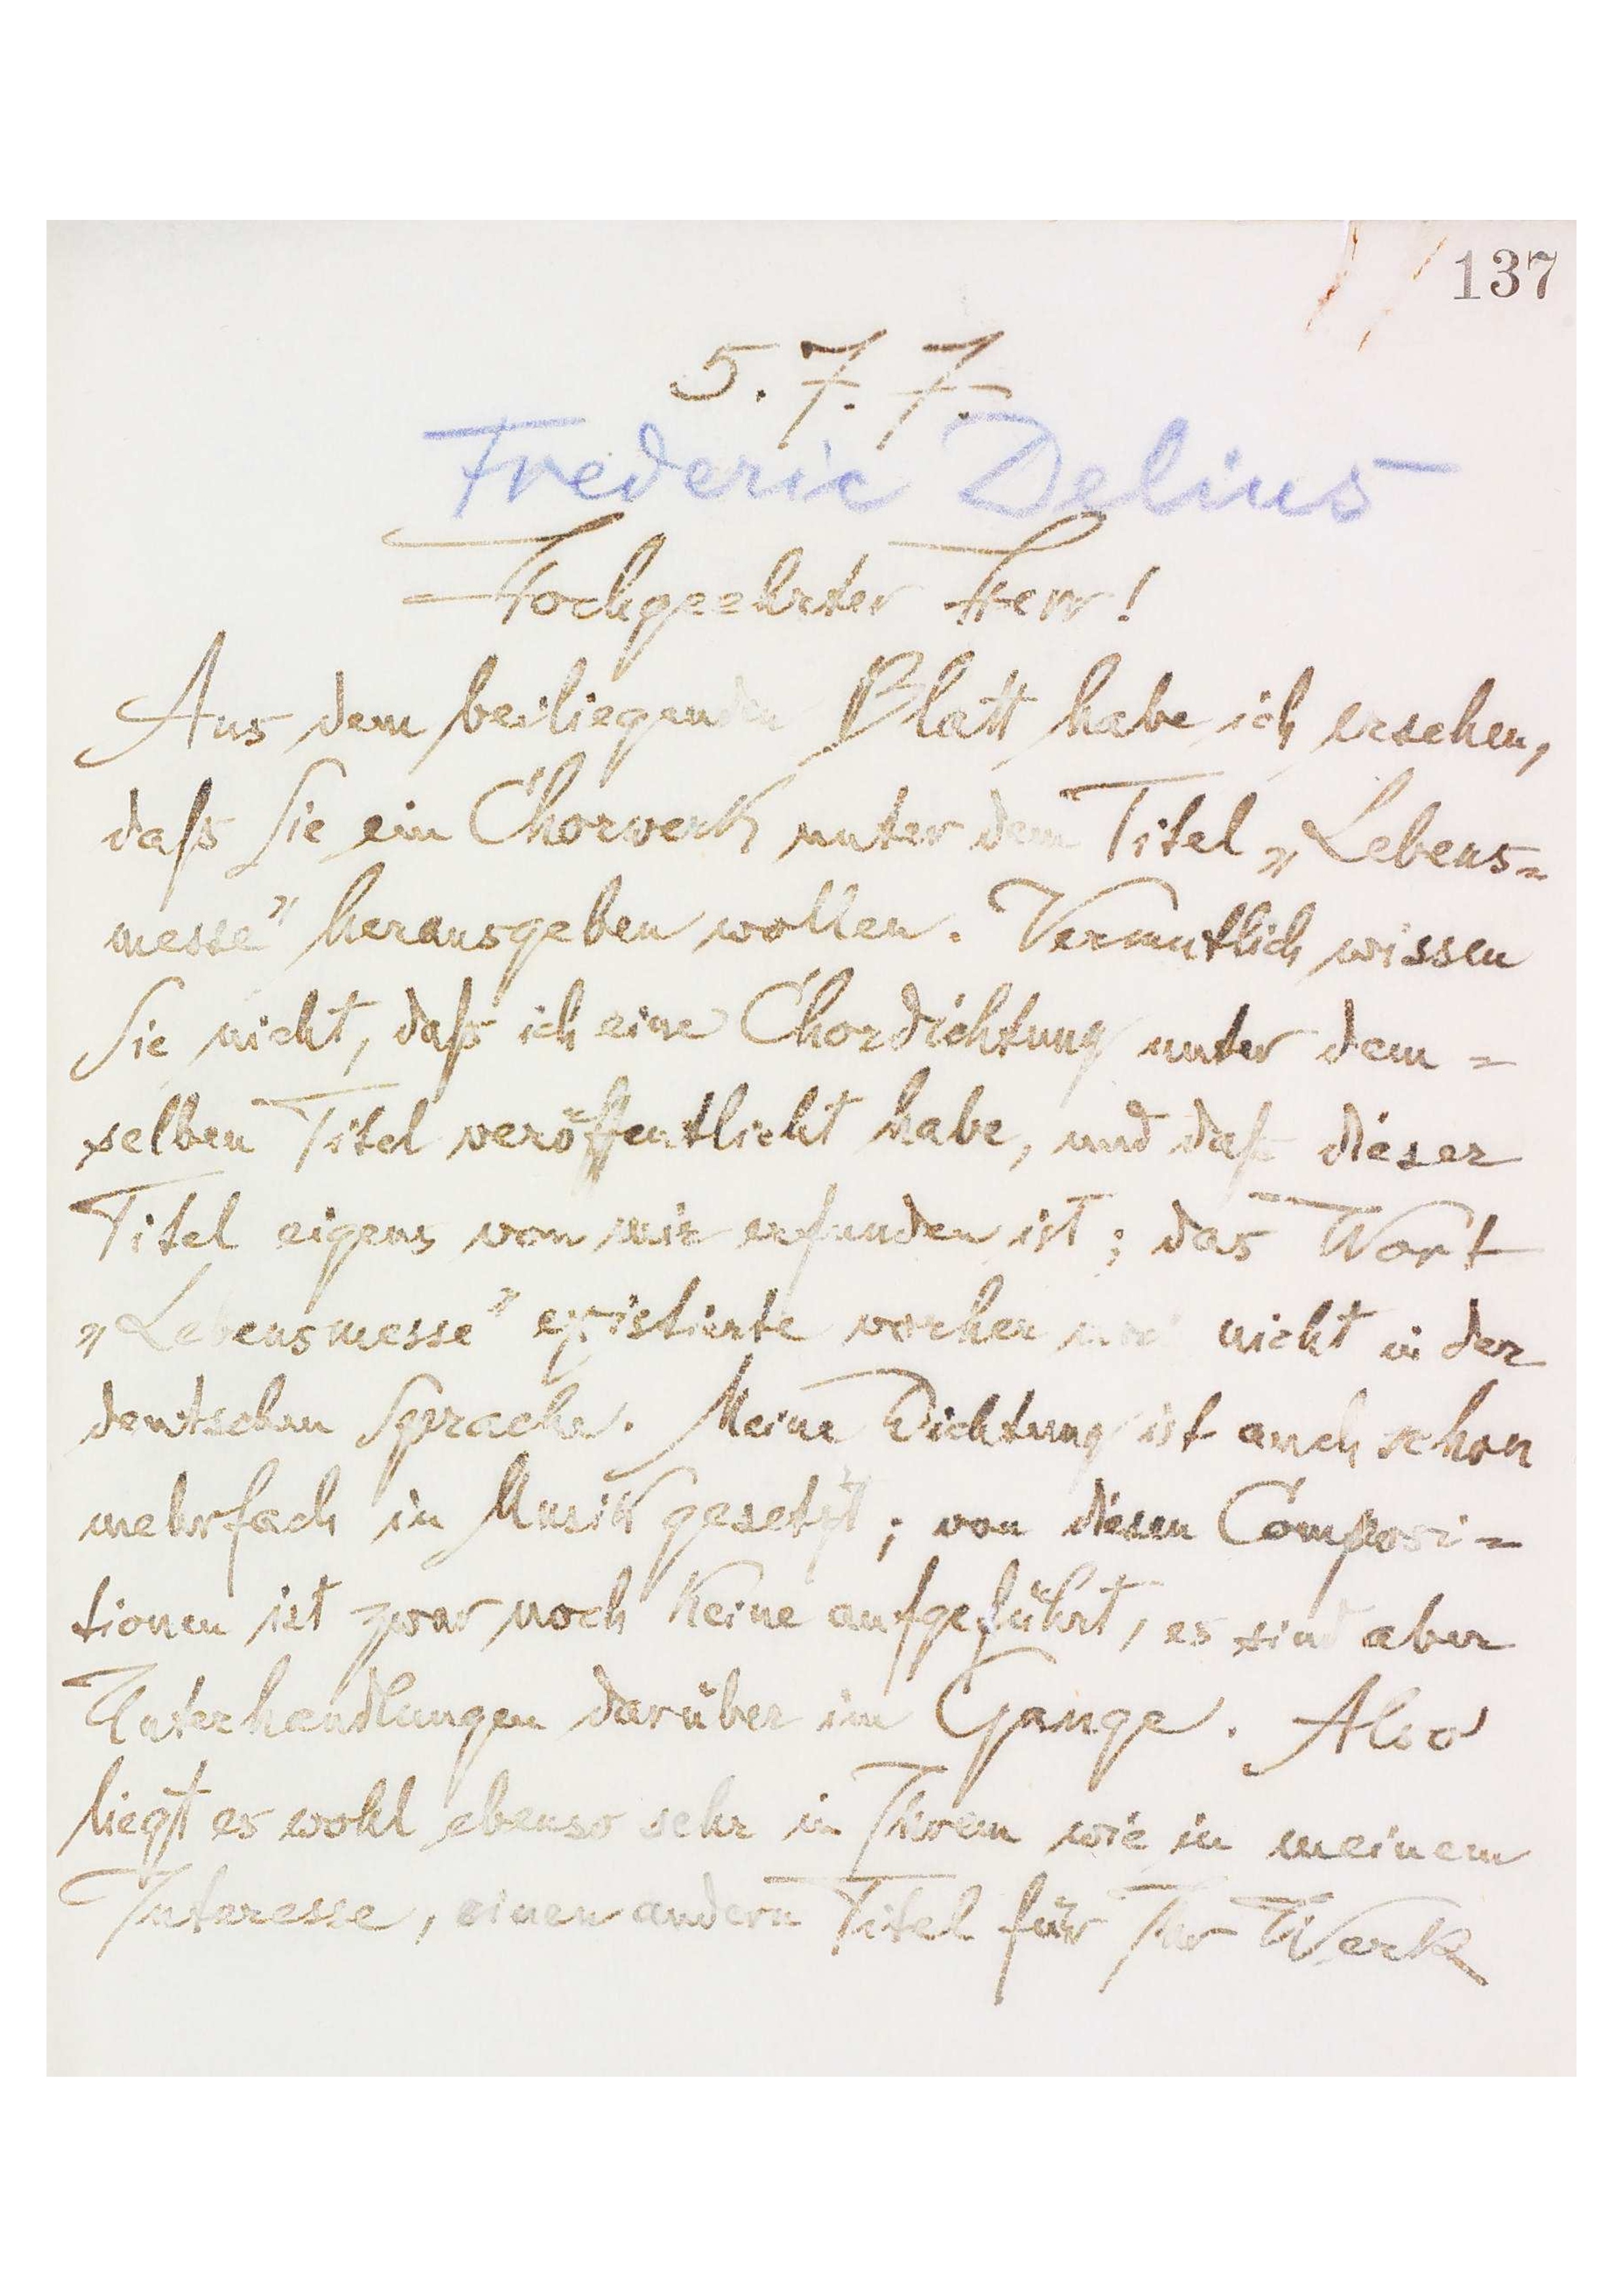
[137]
5.7.7.
Frederic Delius
Hochgeehrter Herr!
Aus dem beiliegenden Blatt habe ich gesehen,
daß Sie ein Chorwerk unter dem Titel „Lebens-
messe‟ herausgeben wollen. Vermutlich wissen
Sie nicht, daß ich eine Chordichtung unter dem-
selben Titel veröffentlicht habe, und daß dieser
Titel eigens von mir erfunden ist; das Wort
„Lebensmesse‟ existierte vorher noch nicht in der
deutschen Sprache. Meine Dichtung ist auch schon
mehrfach in Musik gesetzt; von diesen Composi-
tionen ist zwar noch keine aufgeführt, es sind aber
Unterhandlungen darüber im Gange. Also
liegt es wohl ebenso sehr in Ihrem wie in meinem
Interesse, einen andern Titel für Ihr Werk